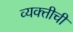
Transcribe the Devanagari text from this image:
व्‍यक्‍तीची